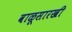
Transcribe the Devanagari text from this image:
वाळूसारखी